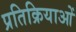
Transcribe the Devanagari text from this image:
प्रतिक्रियाआें